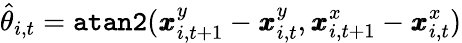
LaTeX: \hat{\theta}_{i,t}=\texttt{atan2}(\pmb{x}_{i,t+1}^{y}-\pmb{x}_{i,t}^{y},\pmb{x}_{i,t+1}^{x}-\pmb{x}_{i,t}^{x})